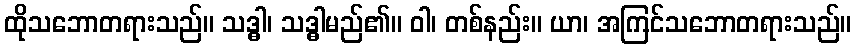
ထိုသဘောတရားသည်။ သဒ္ဓါ၊ သဒ္ဓါမည်၏။ ဝါ၊ တစ်နည်း။ ယာ၊ အကြင်သဘောတရားသည်။